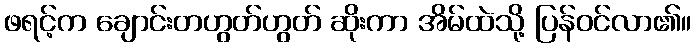
ဖရင့်က ချောင်းတဟွတ်ဟွတ် ဆိုးကာ အိမ်ထဲသို့ ပြန်ဝင်လာ၏။